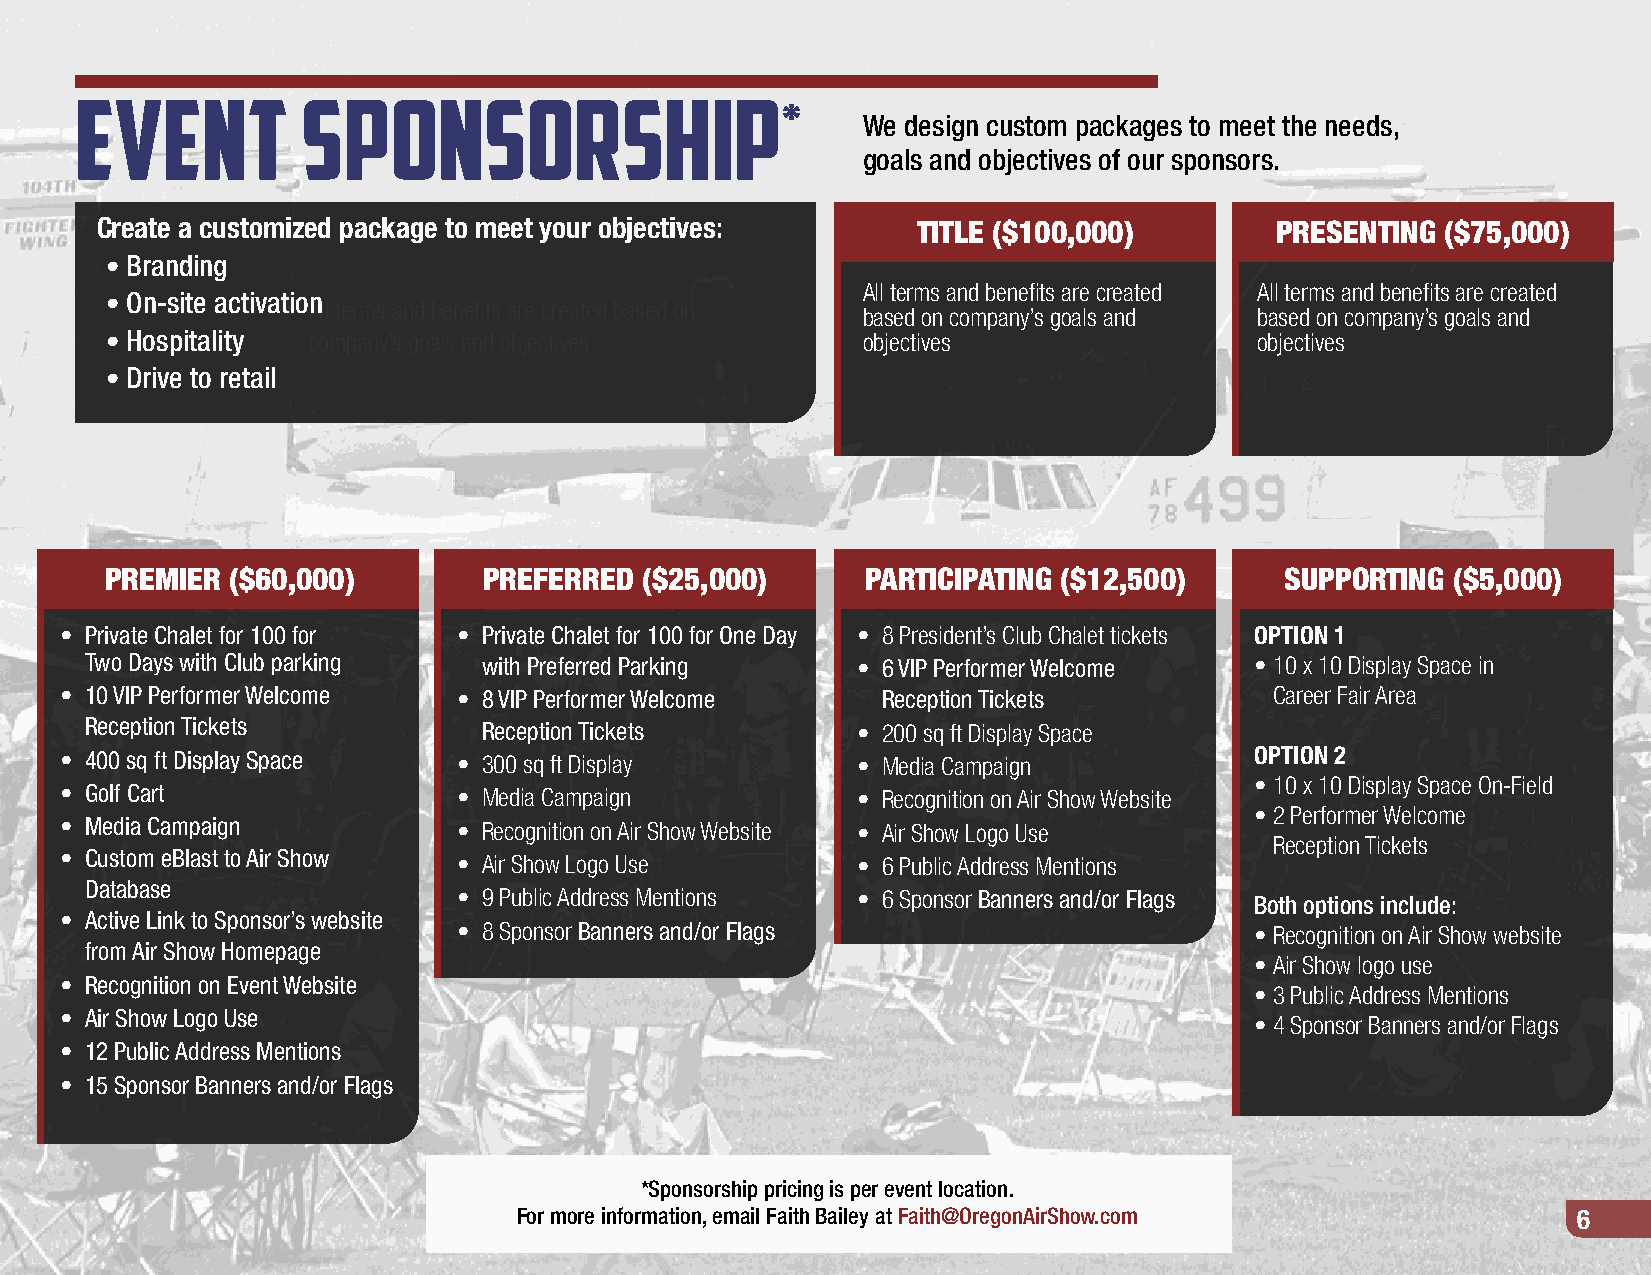
Event          sponsorship
 *
 We design custom packages to meet the needs,
 goals and objectives of our sponsors.
 Create a customized package to meet your objectives:   TITLE ($100,000)       PRESENTING  ($75,000)
 • Branding
 All terms and benefits are created All terms and benefits are created
 • On-site activation
 • All terms and benefits are created based on
 based on company’s goals and based on company’s goals and
 • Hospitality company’s goals and objectives      objectives                objectives
 • Drive to retail
 PREMIER ($60,000)        PREFERRED ($25,000)      PARTICIPATING ($12,500)     SUPPORTING ($5,000)
 • Private Chalet for 100 for • Private Chalet for 100 for One Day • 8 President’s Club Chalet tickets OPTION 1
 Two Days with Club parking with Preferred Parking  • 6 VIP Performer Welcome • 10 x 10 Display Space in
 • 10 VIP Performer Welcome • 8 VIP Performer Welcome  Reception Tickets         Career Fair Area
 Reception Tickets         Reception Tickets        • 200 sq ft Display Space
 • 400 sq ft Display Space • 300 sq ft Display        • Media Campaign          OPTION 2
 • 10 x 10 Display Space On-Field
 • Golf Cart               • Media Campaign           • Recognition on Air Show Website
 • 2 Performer Welcome
 • Media Campaign          • Recognition on Air Show Website • Air Show Logo Use
 Reception Tickets
 • Custom eBlast to Air Show • Air Show Logo Use      • 6 Public Address Mentions
 Database
 • 9 Public Address Mentions • 6 Sponsor Banners and/or Flags Both options include:
 • Active Link to Sponsor’s website
 • 8 Sponsor Banners and/or Flags                     • Recognition on Air Show website
 from Air Show Homepage
 • Air Show logo use
 • Recognition on Event Website
 • 3 Public Address Mentions
 • Air Show Logo Use
 • 4 Sponsor Banners and/or Flags
 • 12 Public Address Mentions
 • 15 Sponsor Banners and/or Flags
 *Sponsorship pricing is per event location.
 For more information, email Faith Bailey at Faith@OregonAirShow.com   6